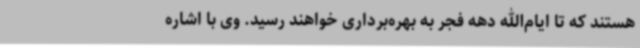
هستند که تا ایام‌الله دهه فجر به بهره‌برداری خواهند رسید. وی با اشاره